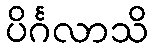
ပိင်္ဂလာသိ